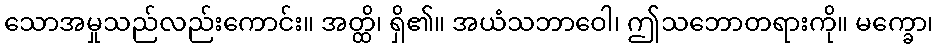
သောအမှုသည်လည်းကောင်း။ အတ္ထိ၊ ရှိ၏။ အယံသဘာဝေါ၊ ဤသဘောတရားကို။ မက္ခော၊